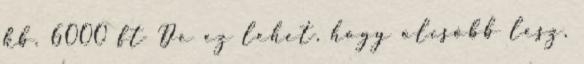
kb. 6000 ft De ez lehet, hogy olcsóbb lesz,